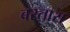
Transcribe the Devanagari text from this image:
बस्तारा